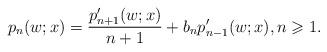
LaTeX: \begin{align*} p_n(w;x) = \frac{p_{n+1}'(w;x)}{n+1} + b_n p_{n-1}'(w;x), n \geqslant 1.\end{align*}